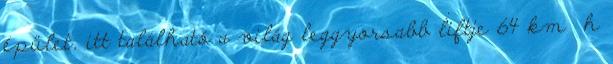
épület, itt található a világ leggyorsabb liftje 64 km h